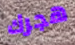
هجرك